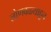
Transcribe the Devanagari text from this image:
लोणवळ्याहून